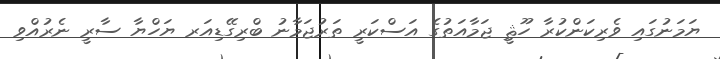
ޔަމަނުގައި ވެރިކަންކުރާ ހޫޘީ ޖަމާއަތުގެ އަސްކަރީ ތަރުޖަމާނު ބްރިގޭޑިއަރ ޔަހްޔާ ސާރީ ނެރުއްވި